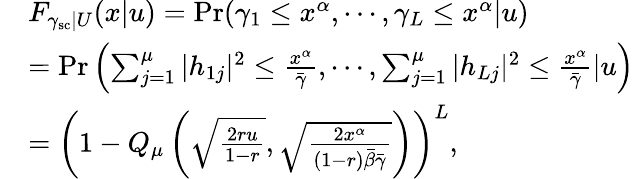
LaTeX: \begin{array}{rl}&{F_{\gamma_{\mathrm{sc}}|U}(x|u)=\operatorname*{Pr}(\gamma_{1}\leq x^{\alpha},\cdots,\gamma_{L}\leq x^{\alpha}|u)}\\ &{=\operatorname*{Pr}\left(\sum_{j=1}^{\mu}|h_{1j}|^{2}\leq\frac{x^{\alpha}}{\bar{\gamma}},\cdots,\sum_{j=1}^{\mu}|h_{Lj}|^{2}\leq\frac{x^{\alpha}}{\bar{\gamma}}|u\right)}\\ &{=\left(1-Q_{\mu}\left(\sqrt{\frac{2ru}{1-r}},\sqrt{\frac{2x^{\alpha}}{(1-r)\bar{\beta}\bar{\gamma}}}\right)\right)^{L},}\end{array}